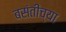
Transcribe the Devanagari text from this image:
बसंतीच्या